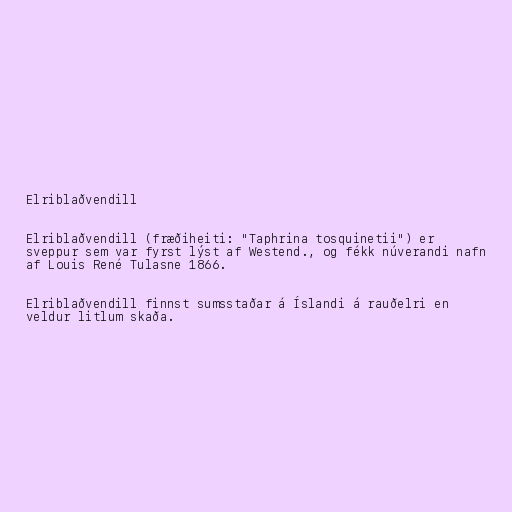
Elriblaðvendill

Elriblaðvendill (fræðiheiti: "Taphrina tosquinetii") er
sveppur sem var fyrst lýst af Westend., og fékk núverandi nafn
af Louis René Tulasne 1866.

Elriblaðvendill finnst sumsstaðar á Íslandi á rauðelri en
veldur litlum skaða.